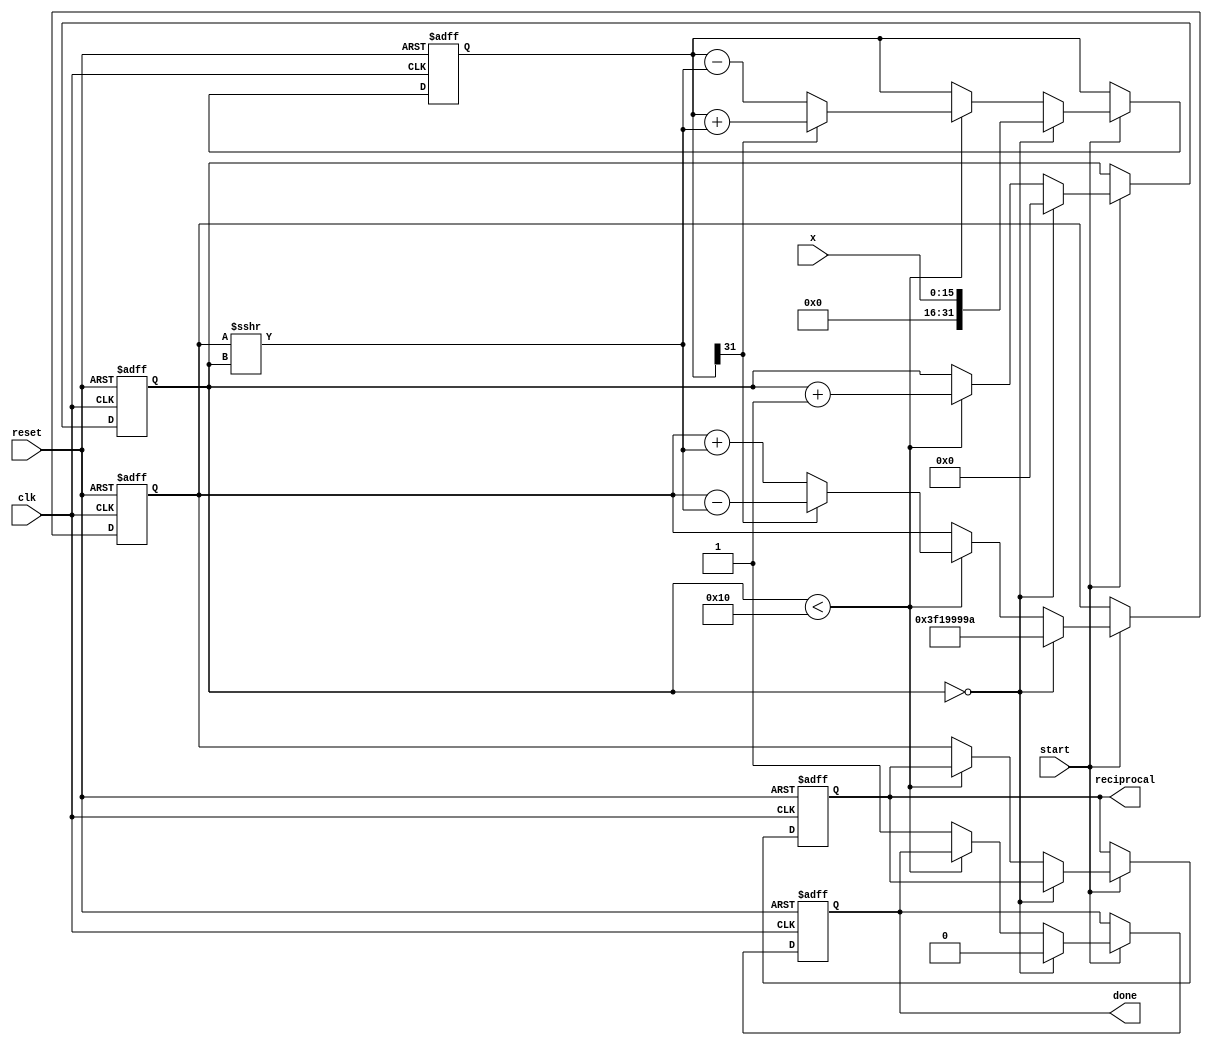
module cordic_reciprocal (
    input wire [15:0] x,       // Input value (fixed-point representation)
    input wire clk,            // Clock signal
    input wire reset,          // Asynchronous reset
    input wire start,          // Start signal
    output reg [31:0] reciprocal, // Computed reciprocal (fixed-point representation)
    output reg done            // Done signal
);

    // Parameters
    localparam MAX_ITER = 16;  // Maximum number of iterations for precision
    localparam ANGLE_WIDTH = 16; // Width for angle representation

    // Internal signals
    reg [4:0] iteration;        // Iteration counter
    reg [31:0] z;               // Current approximation of reciprocal
    reg [31:0] x_curr;          // Current input value for computation
    reg [ANGLE_WIDTH-1:0] angle; // CORDIC angle
    reg [31:0] K;               // Scaling factor (K = 0.6073 for 16 iterations)

    // Rotation angles (in fixed-point representation)
    reg [ANGLE_WIDTH-1:0] angles [0:15];

    initial begin
        // Initialize rotation angles (arctan(2^-i))
        angles[0]  = 16'h2000; // 0.5 in fixed-point
        angles[1]  = 16'h1333; // 0.3333
        angles[2]  = 16'h0A8C; // 0.125
        angles[3]  = 16'h0519; // 0.0625
        angles[4]  = 16'h028F; // 0.03125
        angles[5]  = 16'h0144; // 0.015625
        angles[6]  = 16'h00A2; // 0.0078125
        angles[7]  = 16'h0051; // 0.00390625
        angles[8]  = 16'h0028; // 0.001953125
        angles[9]  = 16'h0014; // 0.0009765625
        angles[10] = 16'h000A; // 0.00048828125
        angles[11] = 16'h0005; // 0.000244140625
        angles[12] = 16'h0002; // 0.0001220703125
        angles[13] = 16'h0001; // 0.00006103515625
        angles[14] = 16'h0001; // 0.000030517578125
        angles[15] = 16'h0000; // 0
        
        K = 32'h3F19999A; // Scaling factor for 16 iterations (0.6073)
    end

    // FSM for CORDIC computation
    always @(posedge clk or posedge reset) begin
        if (reset) begin
            iteration <= 0;
            z <= 0;
            x_curr <= 0;
            reciprocal <= 0;
            done <= 0;
        end else if (start) begin
            if (iteration == 0) begin
                // Initialization
                x_curr <= x;
                z <= K; // Start with scaling factor
                iteration <= 0;
                done <= 0;
            end else if (iteration < MAX_ITER) begin
                // CORDIC iterations
                if (x_curr[31] == 1'b0) begin // If x_curr is positive
                    z <= z + (z >>> iteration); // Update z
                    x_curr <= x_curr - (z >>> iteration); // Update x
                end else begin
                    z <= z - (z >>> iteration); // Update z
                    x_curr <= x_curr + (z >>> iteration); // Update x
                end
                
                // Increment the iteration counter
                iteration <= iteration + 1;

            end else begin
                // Final output
                reciprocal <= z; // Store the final result
                done <= 1; // Indicate completion
            end
        end
    end
endmodule